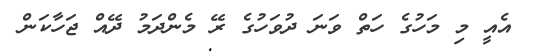
އެއީ މި މަހުގެ ހަތް ވަނަ ދުވަހުގެ ރޭ މެންދަމު ދޭއް ޖަހާކަން